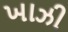
ખાઝી